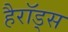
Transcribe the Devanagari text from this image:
हैरॉड्स